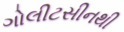
ગોલીટસીનથી